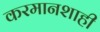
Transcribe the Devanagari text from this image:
करमानशाही